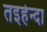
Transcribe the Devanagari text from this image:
तइहेन्दा